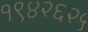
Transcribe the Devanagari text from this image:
१९४२६२५